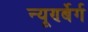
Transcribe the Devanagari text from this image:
न्यूर्ण्बेर्ग